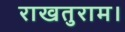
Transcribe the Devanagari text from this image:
राखतुराम।